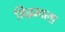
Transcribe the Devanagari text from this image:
सिद्धमाला